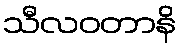
သီလဝတာနိ